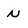
Character: N